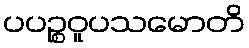
ပပဉ္စဝူပသမောတိ